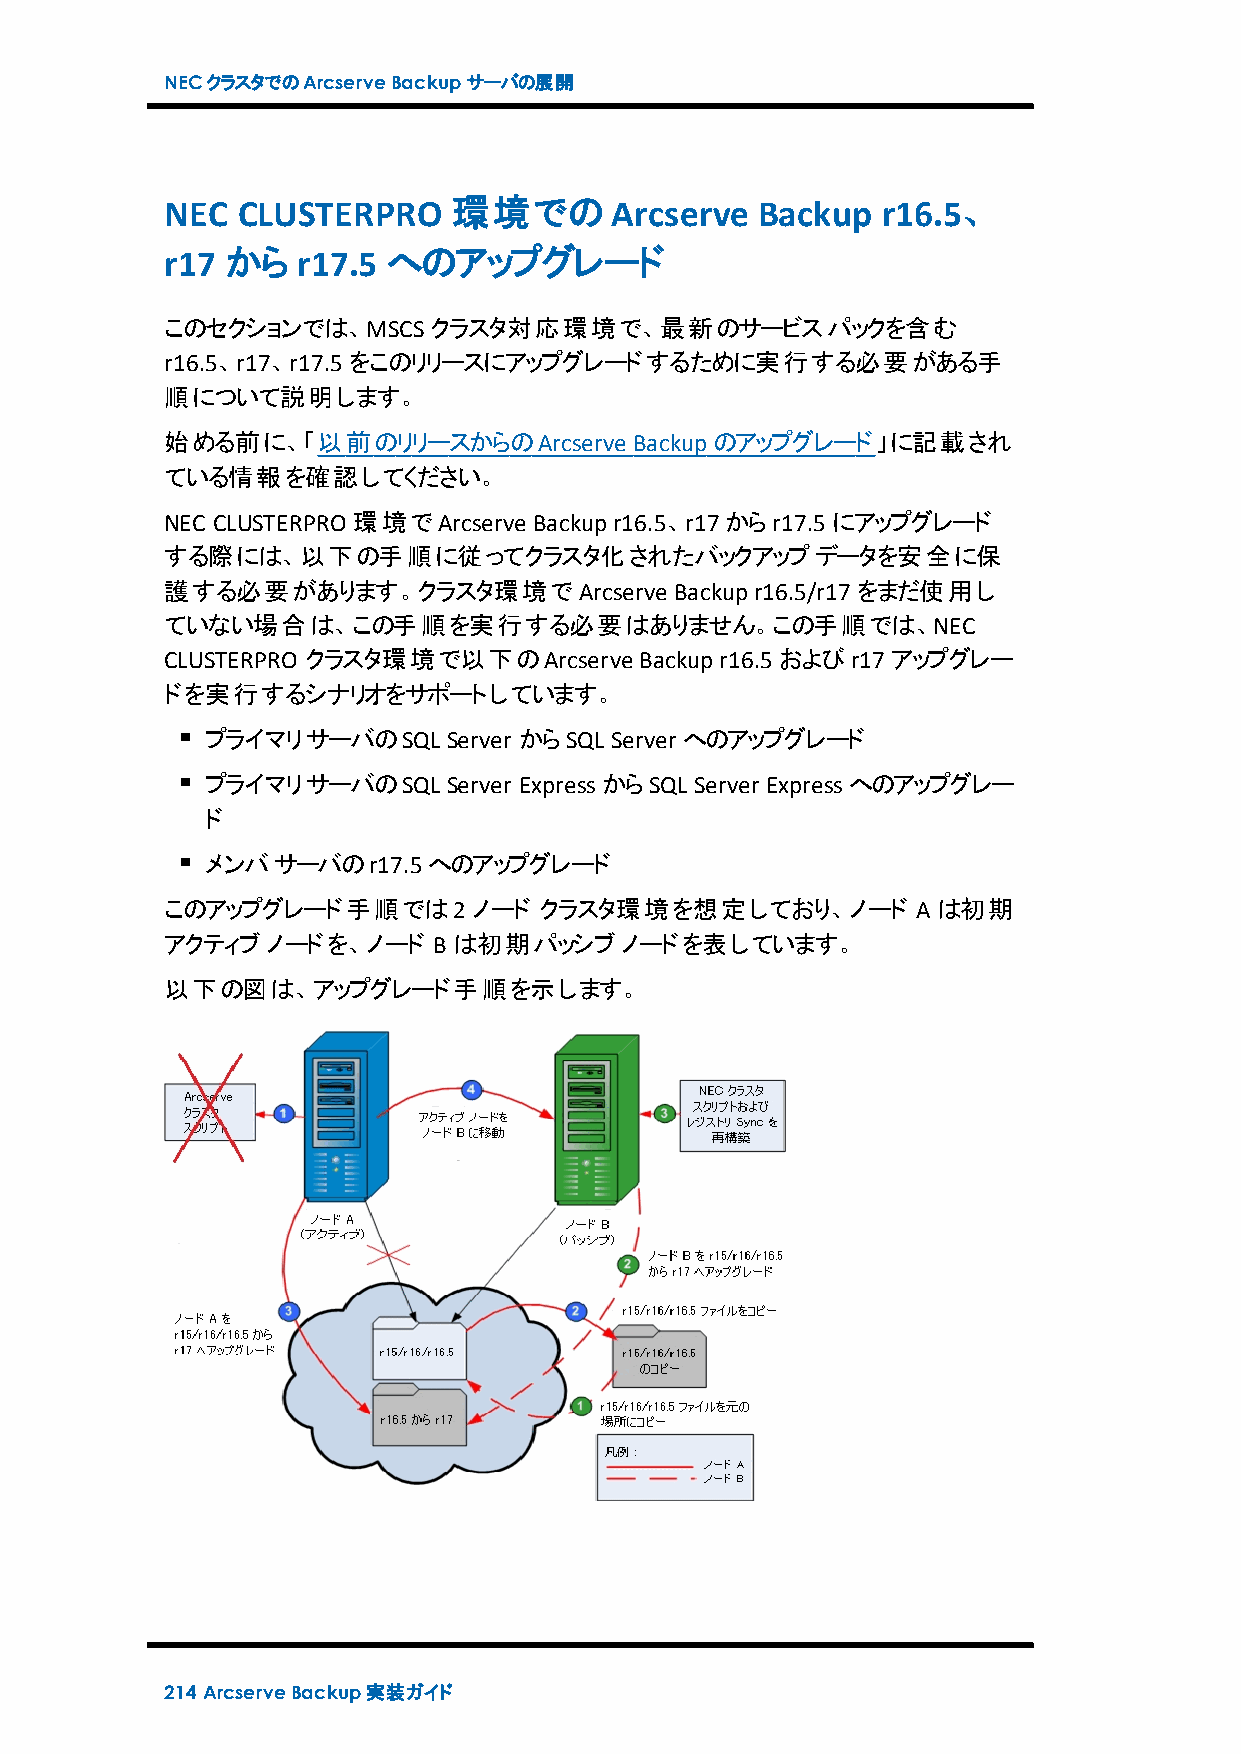
NECクラスタでのArcserveBackupサーバの展開
 NEC  CLUSTERPRO    環境でのArcserve        Backup  r16.5、
 r17 から   r17.5 へのアップグレード
 このセクションでは、MSCSクラスタ対応環境で、最新のサービスパックを含む
 r16.5、r17、r17.5をこのリリースにアップグレードするために実行する必要がある手
 順について説明します。
 始める前に、「以前のリリースからのArcserve      Backupのアップグレード」に記載され
 ている情報を確認してください。
 NEC CLUSTERPRO 環境でArcserve Backupr16.5、r17からr17.5にアップグレード
 する際には、以下の手順に従ってクラスタ化されたバックアップデータを安全に保
 護する必要があります。クラスタ環境でArcserve        Backupr16.5/r17をまだ使用し
 ていない場合は、この手順を実行する必要はありません。この手順では、NEC
 CLUSTERPRO クラスタ環境で以下のArcserve  Backupr16.5およびr17アップグレー
 ドを実行するシナリオをサポートしています。
 プライマリサーバのSQL    Server からSQL Server へのアップグレード
 プライマリサーバのSQL    Server ExpressからSQL Server Expressへのアップグレー
 ド
 メンバサーバのr17.5へのアップグレード
 このアップグレード手順では2ノード        クラスタ環境を想定しており、ノード        Aは初期
 アクティブノードを、ノード     B は初期パッシブノードを表しています。
 以下の図は、アップグレード手順を示します。
 214 ArcserveBackup実装ガイド